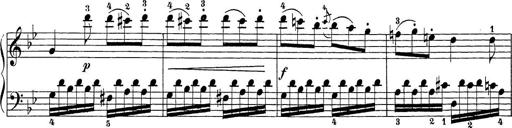
Title: Sonatina Album
Composer: Louis KÃ¶hler